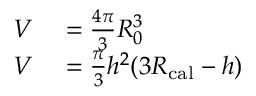
\begin{array} { r l } { V } & { { } = \frac { 4 \pi } { 3 } R _ { 0 } ^ { 3 } } \\ { V } & { { } = \frac { \pi } { 3 } h ^ { 2 } ( 3 R _ { \mathrm { c a l } } - h ) } \end{array}